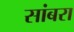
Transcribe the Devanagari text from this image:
सांबरा